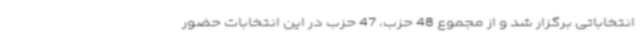
انتخاباتی برگزار شد و از مجموع 48 حزب، 47 حزب در این انتخابات حضور